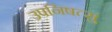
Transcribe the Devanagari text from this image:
उपनिषत्सु